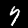
Label: 7